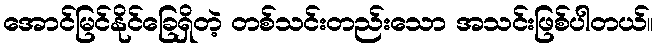
အောင်မြင်နိုင်ခြေရှိတဲ့ တစ်သင်းတည်းသော အသင်းဖြစ်ပါတယ်။